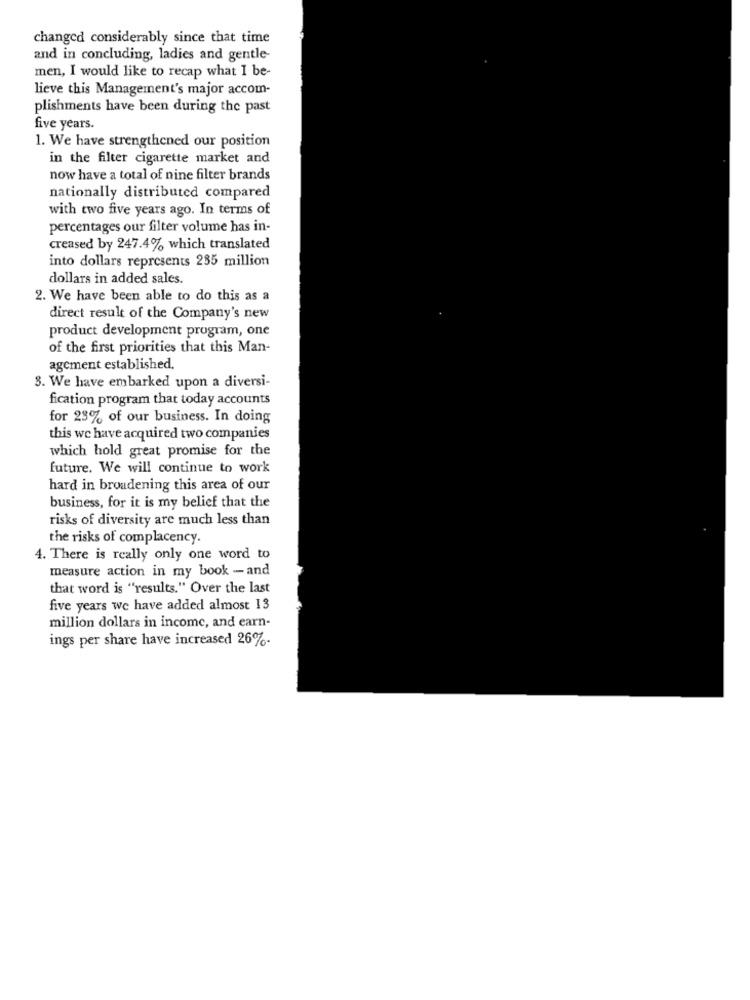
changed considerably since that time
and in concluding, ladies and gentle-
men, I would like to recap what I be-
lieve this Management's major accom-
plishments have been during the past
five years.
1. We have strengthened our position
in the filter cigarette market and
now have a total of nine filter brands
nationally distributed compared
with two five years ago. In terms of
percentages our filter volume has in-
creased by 247.4% which translated
into dollars represents 235 million
dollars in added sales.
2. We have been able to do this as a
direct result of the Company's new
product development program, one
of the first priorities that this Man-
agement established.
3. We have embarked upon a diversi-
fication program that today accounts
for 23% of our business. In doing
this we have acquired two companies
which hold great promise for the
future. We will continue to work
hard in broadening this area of our
business, for it is my belief that the
risks of diversity are much less than
the risks of complacency.
4. There is really only one word to
measure action in my book - and
that word is "results." Over the last
five years we have added almost 13
million dollars in income, and earn-
ings per share have increased 26%.